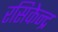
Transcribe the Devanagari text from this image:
रसिकेन्द्र